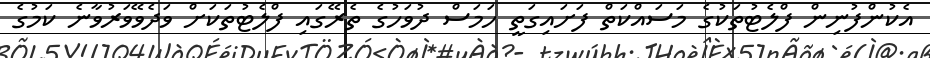
އެކުންފުނިން ފްލެޓުތަކުގެ މަސައްކަތް ފަށައިގަތީ ހަމަސް ދުވަހުގެ ތެރޭގައި ފްލެޓުތަކަށް ވަދެވޭވަރުވާނެ ކަމުގެ